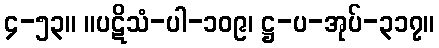
၄-၅၃။ ။ပဋိသံ-ပါ-၁၀၉၊ ဋ္ဌ-ပ-အုပ်-၃၁၇။